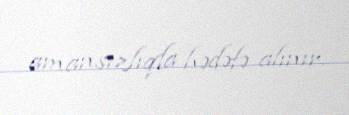
amansızlıqla hədəfə alınır.